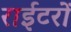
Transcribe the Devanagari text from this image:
राईटरों